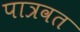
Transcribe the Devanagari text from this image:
पात्रवत